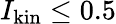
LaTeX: I_{\mathrm{kin}}\leq 0.5